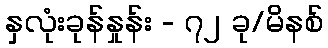
နှလုံးခုန်နှုန်း - ၇၂ ခု/မိနစ်